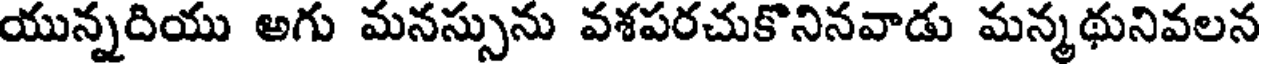
యున్నదియు అగు మనస్సును వశపరచుకొనినవాడు మన్మథునివలన